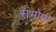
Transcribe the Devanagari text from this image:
संभोगी